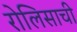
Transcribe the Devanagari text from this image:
रोलिसाची